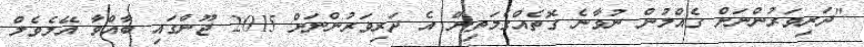
"ދަރިވަރުންނަށް ގެއްލުން ނުވާނެ ގޮތެއްގެމަތިން އެ ދަރިވަރުންނަށް 2015 ޖޫންގައި ބާއްވާ އޭލެވެލް